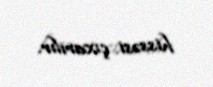
hissəsi çıxarılır.